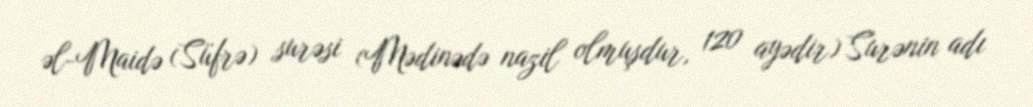
əl-Maidə (Süfrə) surəsi (Mədinədə nazil olmuşdur, 120 ayədir) Surənin adı